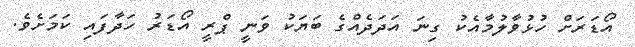
އޯޑަރަށް ހުޅުވާލުމާއެކު ގިނަ އަދަދެއްގެ ބަޔަކު ވަނީ ޕްރީ އޯޑަރު ހަދާފައި ކަމަށެވެ.